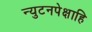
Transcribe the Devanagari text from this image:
न्युटनपेक्षाहि